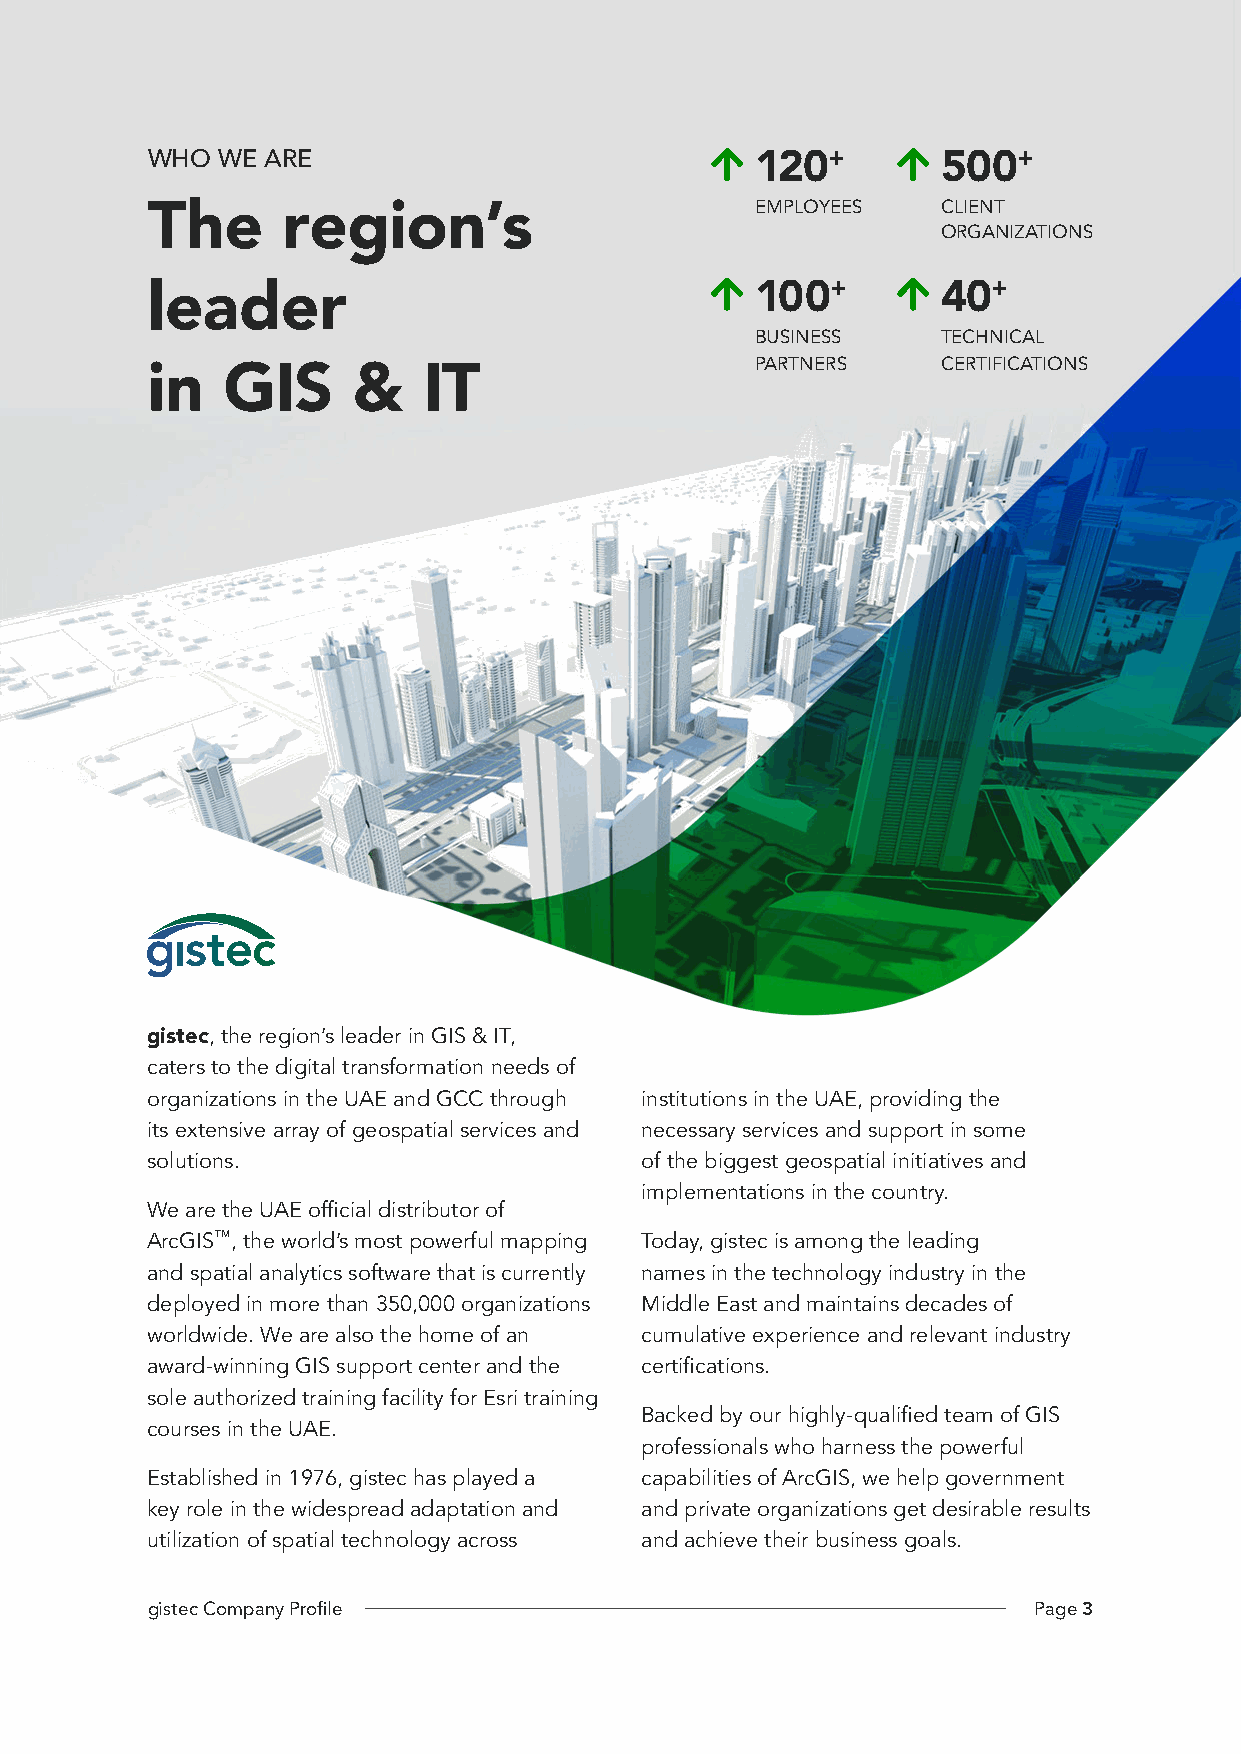
WHO WE ARE                              120+        500+
 The      region’s                       EMPLOYEES   CLIENT
 ORGANIZATIONS
 leader                                  100+        40+
 BUSINESS    TECHNICAL
 in   GIS     &    IT                    PARTNERS    CERTIFICATIONS
 gistec, the region’s leader in GIS & IT,
 caters to the digital transformation needs of
 organizations in the UAE and GCC through institutions in the UAE, providing the
 its extensive array of geospatial services and necessary services and support in some
 solutions.                      of the biggest geospatial initiatives and
 implementations in the country.
 We are the UAE official distributor of
 ArcGIS™, the world’s most powerful mapping Today, gistec is among the leading
 and spatial analytics software that is currently names in the technology industry in the
 deployed in more than 350,000 organizations Middle East and maintains decades of
 worldwide. We are also the home of an cumulative experience and relevant industry
 award-winning GIS support center and the certifications.
 sole authorized training facility for Esri training
 Backed by our highly-qualified team of GIS
 courses in the UAE.
 professionals who harness the powerful
 Established in 1976, gistec has played a capabilities of ArcGIS, we help government
 key role in the widespread adaptation and and private organizations get desirable results
 utilization of spatial technology across and achieve their business goals.
 gistec Company Profile                                    Page 3